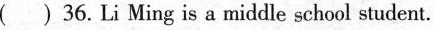
( ) 36. Li Ming is a middle school student.